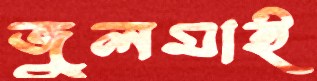
জুলমাই